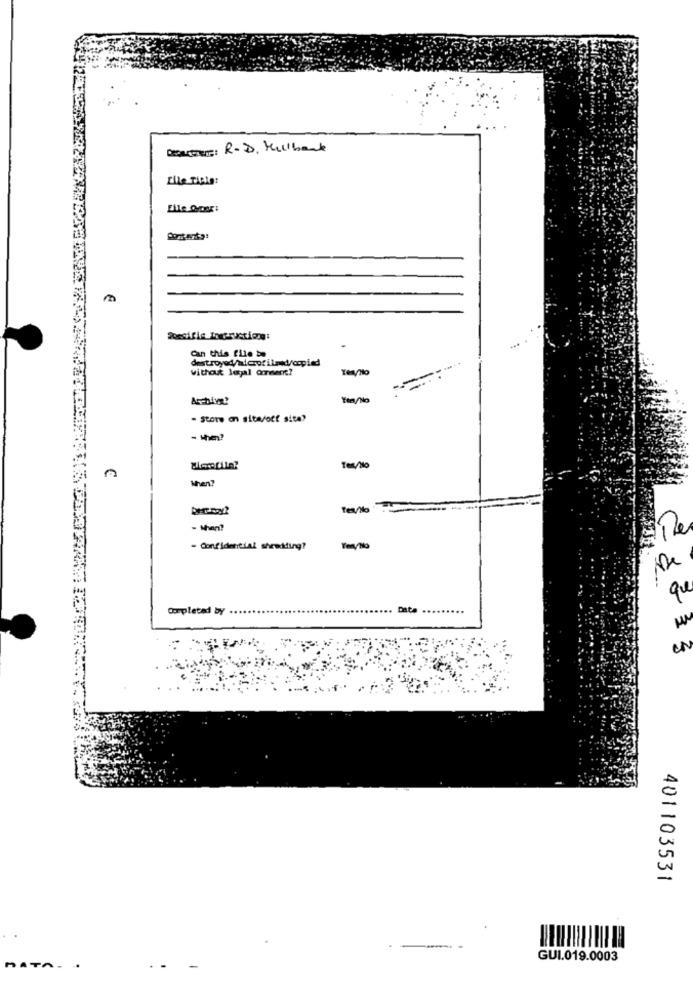
Debaters: R.D. Mulbank
Eile Tiple:
Elle Oper:
Poesifie In osuctiong:
destroyed/microfilmid/ogpied
Can this file
without legal ornent?
Ten/No
- store on site/off site?
- then?
Men?
- When?
- Confidential shredding?
que
Completed by ..
.. Data
401103531
GUI.019.0003
DATA-